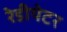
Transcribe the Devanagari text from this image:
रेडीयेटर